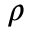
\rho